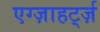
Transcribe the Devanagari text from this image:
एग्ज़ाहर्ट्ज़